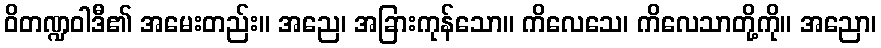
ဝိတဏ္ဍဝါဒီ၏ အမေးတည်း။ အညေ၊ အခြားကုန်သော။ ကိလေသေ၊ ကိလေသာတို့ကို။ အညော၊